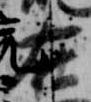
在